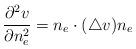
LaTeX: \begin{align*} \frac{\partial^2 v}{\partial n_e^2} = n_e \cdot (\triangle v) n_e\end{align*}